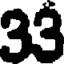
33